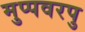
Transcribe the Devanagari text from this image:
मुप्पवरपु